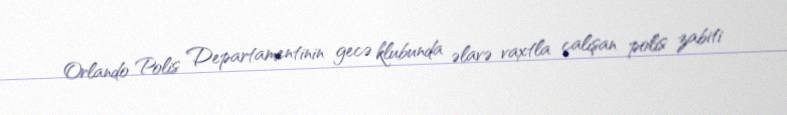
Orlando Polis Departamentinin gecə klubunda əlavə vaxtla çalışan polis zabiti